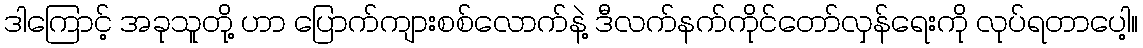
ဒါကြောင့် အခုသူတို့ ဟာ ပြောက်ကျားစစ်လောက်နဲ့ ဒီလက်နက်ကိုင်တော်လှန်ရေးကို လုပ်ရတာပေါ့။